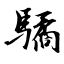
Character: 驈